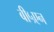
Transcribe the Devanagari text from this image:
बी५एन